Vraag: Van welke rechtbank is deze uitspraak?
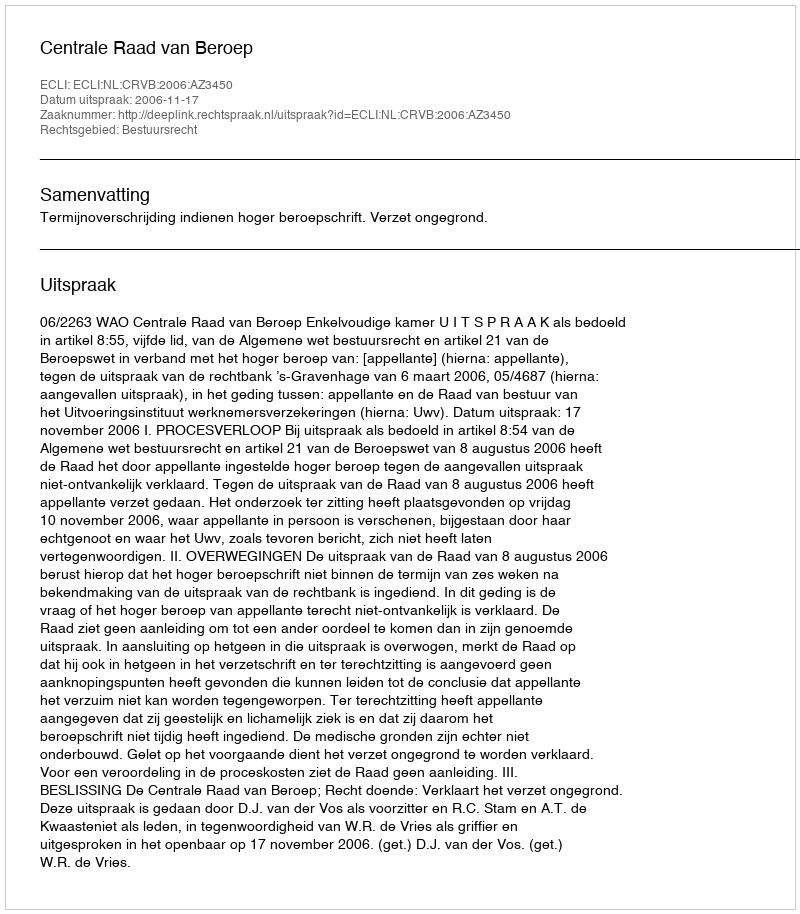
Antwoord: Centrale Raad van Beroep